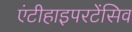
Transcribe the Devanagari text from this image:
एंटीहाइपरटेंसिव